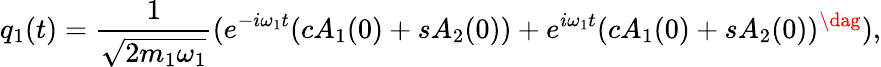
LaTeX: q_{1}(t)=\frac{1}{\sqrt{2m_{1}\omega_{1}}}(e^{-i\omega_{1}t}(cA_{1}(0)+sA_{2}(0))+e^{i\omega_{1}t}(cA_{1}(0)+sA_{2}(0))^{\dag}),